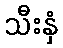
သီးနှံ